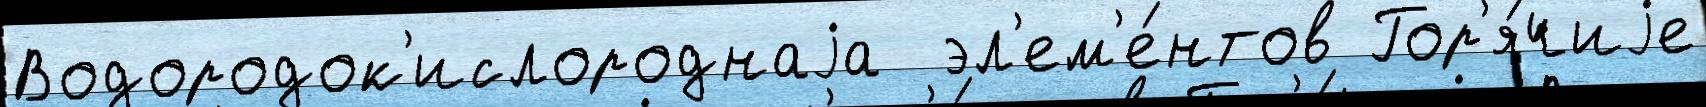
Водородок'ислороднаjа  эл'ем'е́нтов Гор'я́чиjе